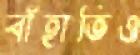
বাঁহাতিও